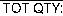
TOT QTY: